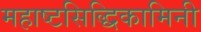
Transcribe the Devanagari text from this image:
महाष्टसिद्धिकामिनी